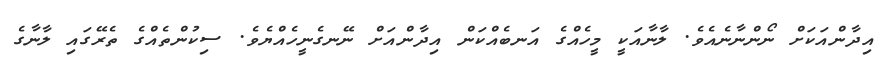
އިދާންއަކަށް ނޯންނާނެއެވެ. ލާނާއަކީ މީހެއްގެ އަނބެއްކަން އިދާންއަށް ނޭނގެނީހެއްޔެވެ. ސިކުންތެއްގެ ތެރޭގައި ލާނާގެ